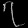
Digit: ၇